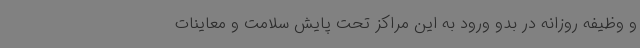
و وظیفه روزانه در بدو ورود به این مراکز تحت پایش سلامت و معاینات